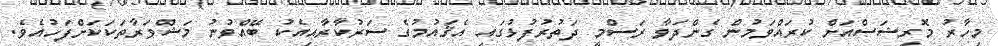
މިހާރު މޮރިޝަސްއަށް ކުރައްވަމުން ގެންދަވާ ރަސްމީ ދަތުރުފުޅުގައި އެޤައުމުގެ ސަރުކާރާއިއެކު ބޭއްވުނު މަޝްވަރާތަކަކަށްފަހުއެވެ.